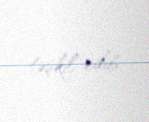
təşkil edib.